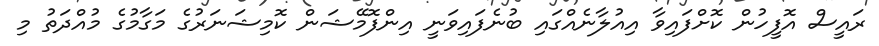
ރައީސް އޮފީހުން ކޮށްފައިވާ އިއުލާނެއްގައި ބުނެފައިވަނީ އިންފޮމޭޝަން ކޮމިޝަނަރުގެ މަގާމުގެ މުއްދަތު މި